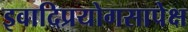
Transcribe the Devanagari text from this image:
इवादिप्रयोगसापेक्ष